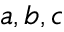
a , b , c